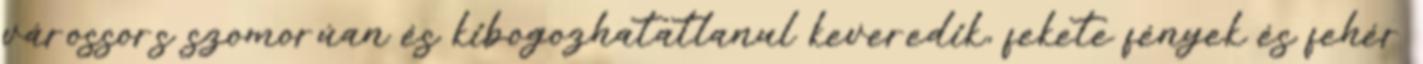
várossors szomorúan és kibogozhatatlanul keveredik, fekete fények és fehér